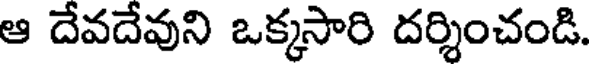
ఆ దేవదేవుని ఒక్కసారి దర్శించండి.